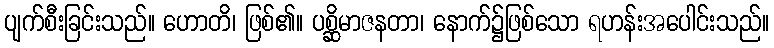
ပျက်စီးခြင်းသည်။ ဟောတိ၊ ဖြစ်၏။ ပစ္ဆိမာဇနတာ၊ နောက်၌ဖြစ်သော ရဟန်းအပေါင်းသည်။